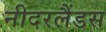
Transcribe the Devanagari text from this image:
नीदरलैंडस